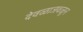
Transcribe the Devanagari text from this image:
देवळाजवळून